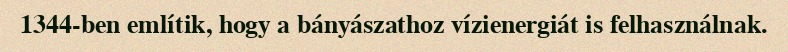
1344-ben említik, hogy a bányászathoz vízienergiát is felhasználnak.